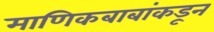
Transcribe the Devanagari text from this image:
माणिकबाबांकडून